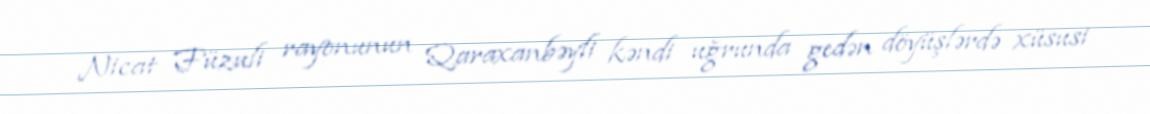
Nicat Füzuli rayonunun Qaraxanbəyli kəndi uğrunda gedən döyüşlərdə xüsusi